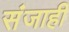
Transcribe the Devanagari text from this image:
संजाही